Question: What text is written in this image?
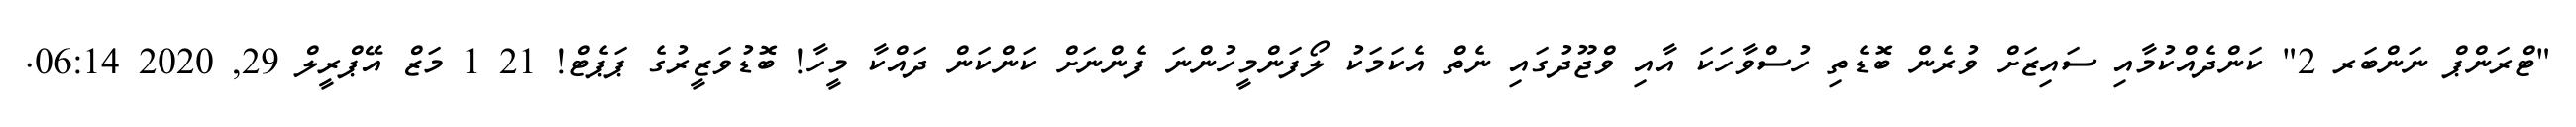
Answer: "ޓްރަންޕް ނަންބަރ 2" ކަންދެއްކުމާއި ސައިޒަށް ވުރެން ބޮޑެތި ހުސްވާހަކަ އާއި ވްޖޫދުގައި ނެތް އެކަމަކު ލޯފަންމީހުންނަ ފެންނަށް ކަންކަން ދައްކާ މީހާ! ބޮޑުވަޒީރުގެ ޕަޕެޓް! 21 1 މަޒް އޭޕްރީލް 29, 2020 06:14.